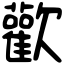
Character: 歡